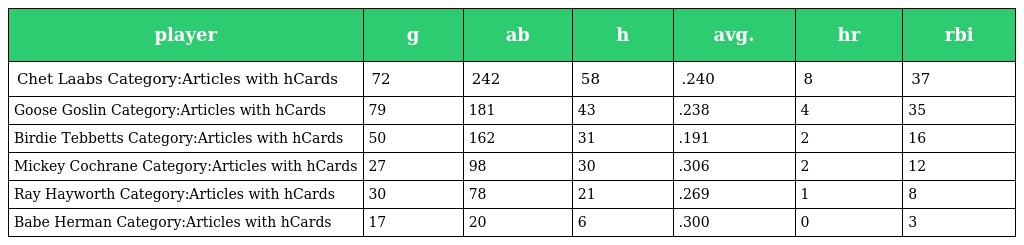
| player | g | ab | h | avg. | hr | rbi |
 | --- | --- | --- | --- | --- | --- | --- |
 | Chet Laabs Category:Articles with hCards | 72 | 242 | 58 | .240 | 8 | 37 |
 | Goose Goslin Category:Articles with hCards | 79 | 181 | 43 | .238 | 4 | 35 |
 | Birdie Tebbetts Category:Articles with hCards | 50 | 162 | 31 | .191 | 2 | 16 |
 | Mickey Cochrane Category:Articles with hCards | 27 | 98 | 30 | .306 | 2 | 12 |
 | Ray Hayworth Category:Articles with hCards | 30 | 78 | 21 | .269 | 1 | 8 |
 | Babe Herman Category:Articles with hCards | 17 | 20 | 6 | .300 | 0 | 3 |